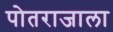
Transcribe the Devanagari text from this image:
पोतराजाला